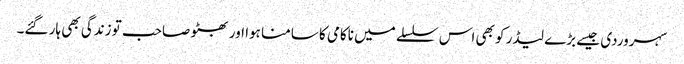
سہروردی جیسے بڑے لیڈر کو بھی اس سلسلے میں ناکامی کا سامنا ہوا اور بھٹو صاحب تو زندگی بھی ہار گئے۔